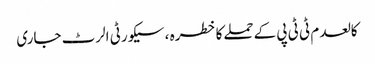
کالعدم ٹی ٹی پی کےحملےکاخطرہ ، سیکورٹی الرٹ جاری